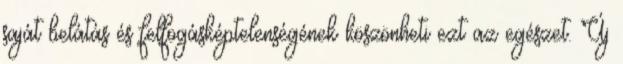
saját belátás és felfogásképtelenségének köszönheti ezt az egészet. Új